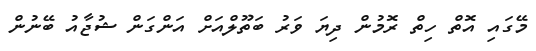
މޭގައި އޮތް ހިތް ރޮމުން ދިޔަ ވަރު ބަތޫލްއަށް އަންގަން ޝުޖާއު ބޭނުން